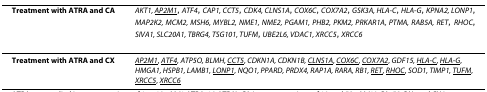
<table><thead><tr><td><b>Treatment with ATRA and CA</b></td><td><b><i>AKT1, <underline>AP2M1</underline></i>, <i><underline>ATF4</underline></i>, <i>CAP1, <underline>CCT5</underline></i>, <i>CDK4, <underline>CLNS1A</underline></i>, <i><underline>COX6C</underline></i>, <i><underline>COX7A2</underline></i>, <i>GSK3A, <underline>HLA-C</underline></i>, <i><underline>HLA-G</underline></i>, <i>KPNA2, <underline>LONP1</underline></i>, <i>MAP2K2, MCM2, MSH6, MYBL2, NME1, NME2, PGAM1, PHB2, PKM2, PRKAR1A, PTMA, RAB5A, <underline>RET</underline></i>, <i><underline>RHOC</underline></i>, <i>SIVA1, SLC20A1, TBRG4, TSG101, <underline>TUFM</underline></i>, <i>UBE2L6, VDAC1, <underline>XRCC5</underline></i>, <i><underline>XRCC6</underline></i></b></td></tr></thead><tbody><tr><td><b>Treatment with ATRA and CX</b></td><td><i><underline>AP2M1</underline></i>, <i><underline>ATF4</underline></i>, <i>ATP5O, BLMH, <underline>CCT5</underline></i>, <i>CDKN1A, CDKN1B, <underline>CLNS1A</underline></i>, <i><underline>COX6C</underline></i>, <i><underline>COX7A2</underline></i>, <i>GDF15, <underline>HLA-C</underline></i>, <i><underline>HLA-G</underline></i>, <i>HMGA1, HSPB1, LAMB1, <underline>LONP1</underline></i>, <i>NQO1, PPARD, PRDX4, RAP1A, RARA, RB1, <underline>RET</underline></i>, <i><underline>RHOC</underline></i>, <i>SOD1, TIMP1, <underline>TUFM</underline></i>, <i><underline>XRCC5</underline></i>, <i><underline>XRCC6</underline></i></td></tr></tbody></table>